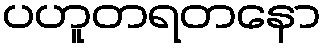
ပဟူတရတနော